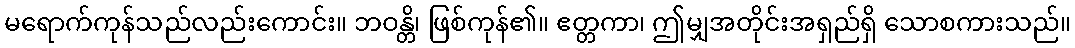
မရောက်ကုန်သည်လည်းကောင်း။ ဘဝန္တိ၊ ဖြစ်ကုန်၏။ ဧတ္တကာ၊ ဤမျှအတိုင်းအရှည်ရှိ သောစကားသည်။